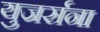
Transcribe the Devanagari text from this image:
युजर्सना